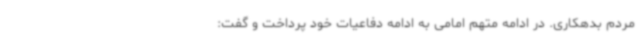
مردم بدهکاری. در ادامه متهم امامی به ادامه دفاعیات خود پرداخت و گفت:‌